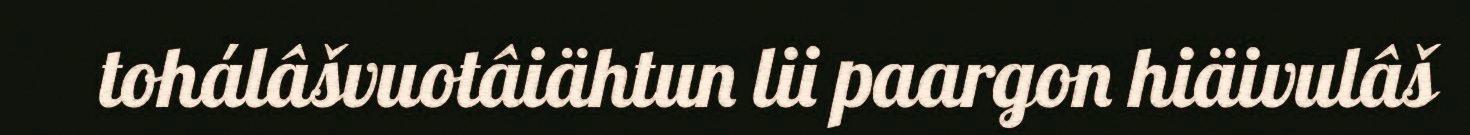
tohálâšvuotâiähtun lii paargon hiäivulâš